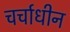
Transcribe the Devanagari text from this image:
चर्चाधीन